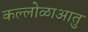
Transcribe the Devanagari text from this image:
कल्लोळाआतु